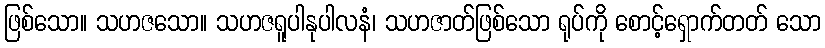
ဖြစ်သော။ သဟဇသော။ သဟဇရူပါနုပါလနံ၊ သဟဇာတ်ဖြစ်သော ရုပ်ကို စောင့်ရှောက်တတ် သော